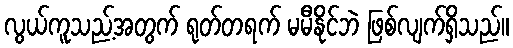
လွယ်ကူသည့်အတွက် ရုတ်တရက် မမီနိုင်ဘဲ ဖြစ်လျက်ရှိသည်။